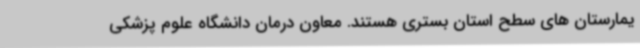
یمارستان های سطح استان بستری هستند. معاون درمان دانشگاه علوم پزشکی